Statistical return of the lunatic asylum in Assam - 1912-1932
Year: 1912
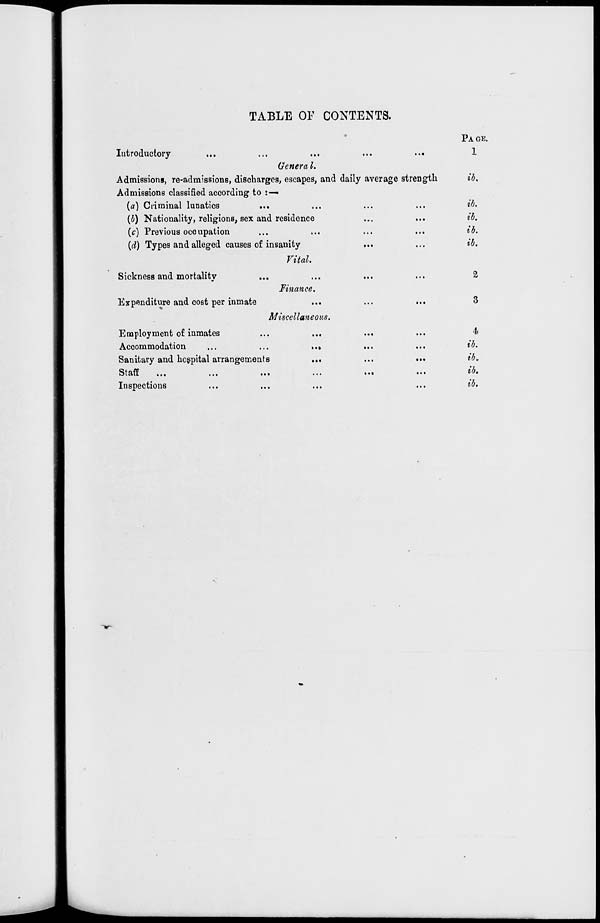
TABLE OF CONTENTS.
•••
Introductory
...
...
...
...
..«
Genera I.
Admissions, re-admissions, discharges, escapes, and daily average strength
Admissions classified according to :—
(a) Criminal lunatics
{b) Nationality, religions, sex and residence
...
...
(c) Previous occupation
(d) Types and alleged causes of insanity
Vital.
Sickness and mortality
Finance.
Expenditure and cost per inmate
Miscellaneous.
Employment of inmates
Accommodation
...
...
,.»
Sanitary and hospital arrangemenfs
...
oTatx
...
...
...
...
Inspections
PAGE.
1
ib.
ib.
ib.
ib.
ib.
2
3
4
ib.
ib>
ib,
ib.